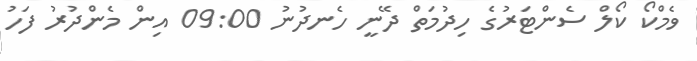
ވެމްކޯ ކޯލް ސެންޓަރުގެ ހިދުމަތް ދޭނީ ހެނދުނު 09:00 އިން މެންދުރު ފަހު